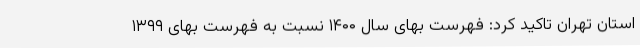
استان تهران تاکید کرد: فهرست بهای سال ۱۴۰۰ نسبت به فهرست بهای ۱۳۹۹